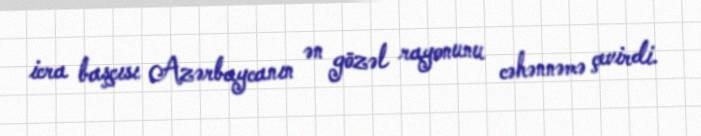
icra başçısı Azərbaycanın ən gözəl rayonunu cəhənnəmə çevirdi.